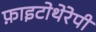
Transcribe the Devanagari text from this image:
फ़ाइटोथेरेपी